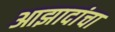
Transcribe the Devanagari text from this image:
आझादांचा